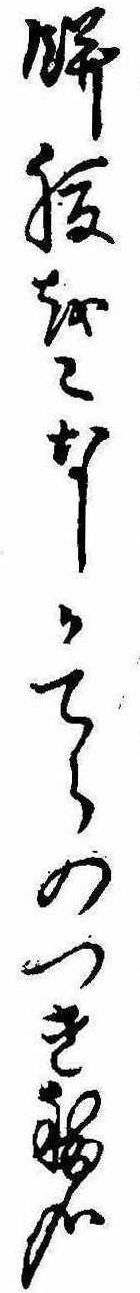
餅腹をこなしかてらのつき穂哉